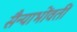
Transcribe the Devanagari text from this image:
सैन्याभोंवतीं